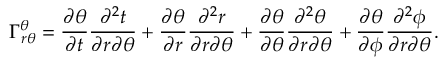
\Gamma _ { r \theta } ^ { \theta } = \frac { \partial \theta } { \partial t } \frac { \partial ^ { 2 } t } { \partial r \partial \theta } + \frac { \partial \theta } { \partial r } \frac { \partial ^ { 2 } r } { \partial r \partial \theta } + \frac { \partial \theta } { \partial \theta } \frac { \partial ^ { 2 } \theta } { \partial r \partial \theta } + \frac { \partial \theta } { \partial \phi } \frac { \partial ^ { 2 } \phi } { \partial r \partial \theta } .